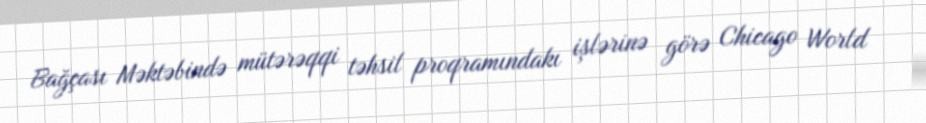
Bağçası Məktəbində mütərəqqi təhsil proqramındakı işlərinə görə Chicago World